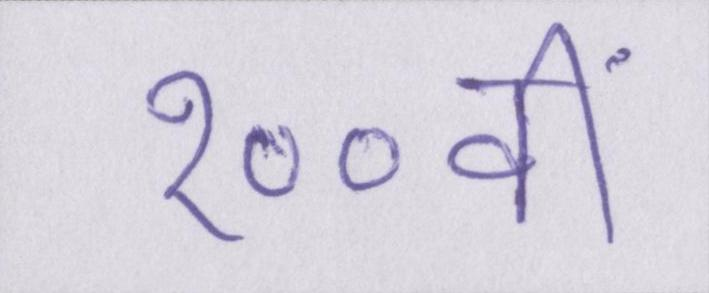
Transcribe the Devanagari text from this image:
१००वीं